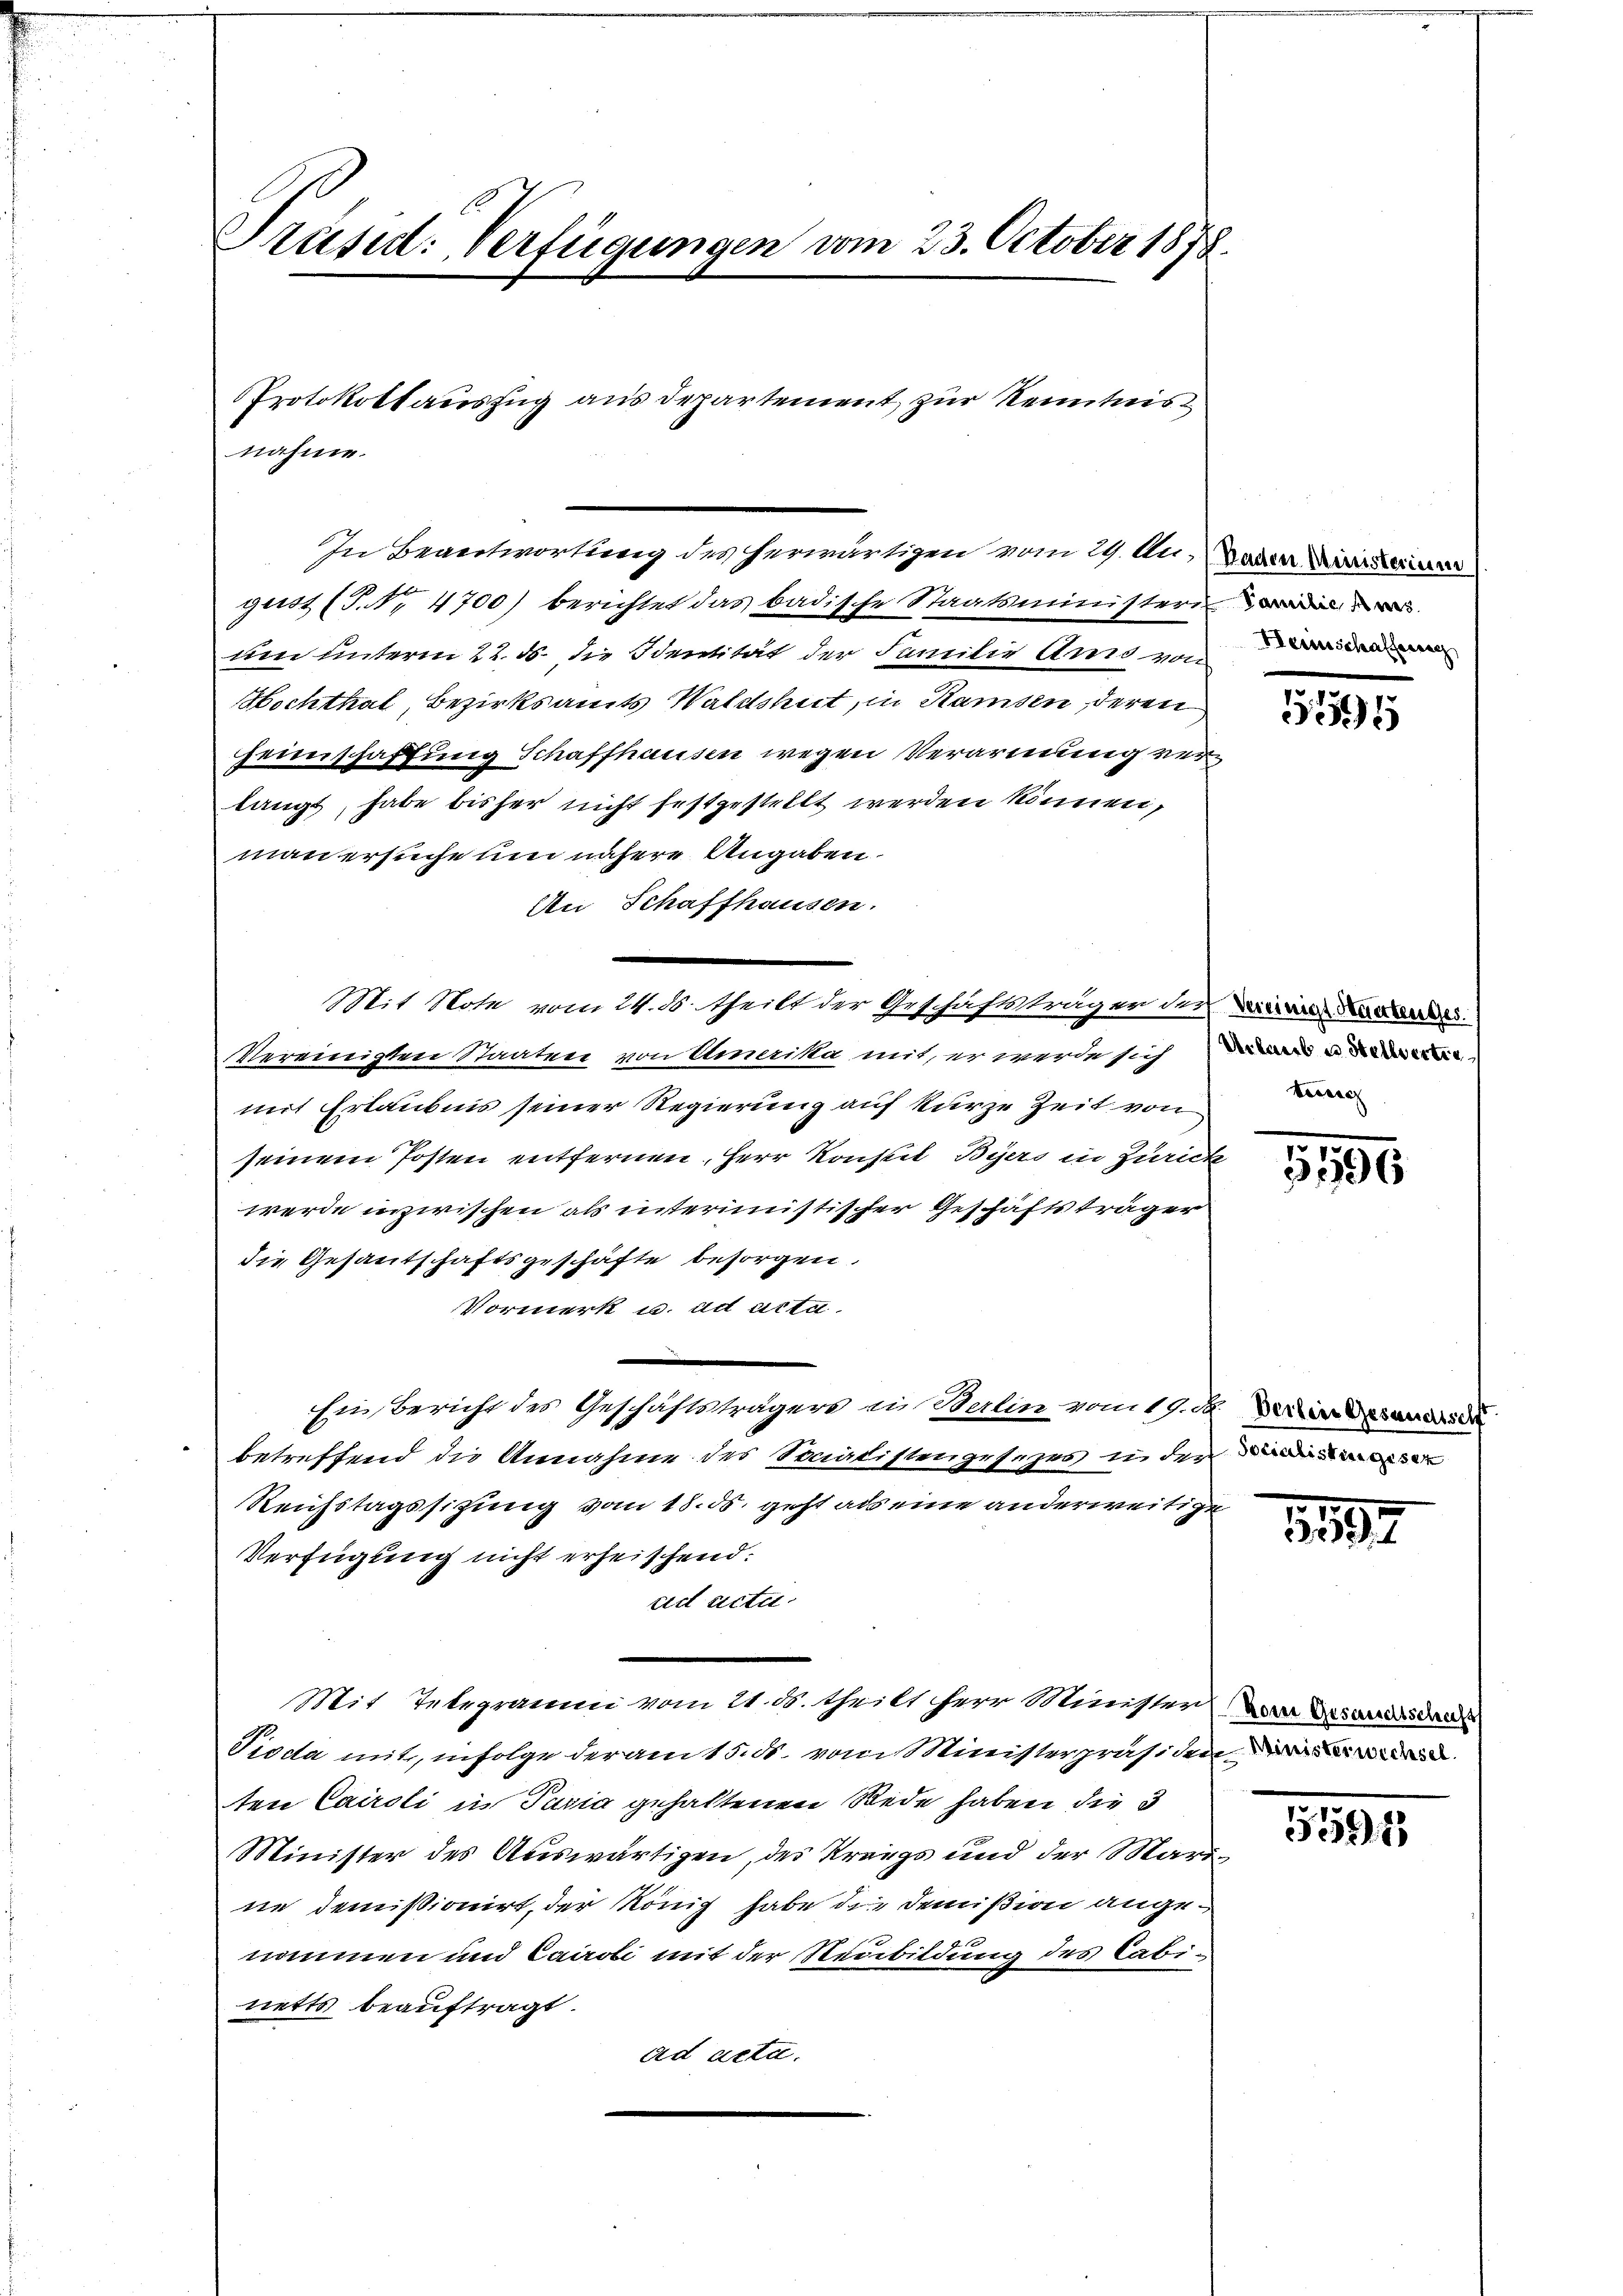
guot (T.Nr. 4700) berichtet das badische Staatsministeri
um unterm 22. ds. die Identität der Familie Ams von
ochthal Bezirksamts Waldshut, in Samsen, deren
Feinschaffung Schaffhausen wegen Verarmung vertangt, habe bisher nicht festgestellt werden können,
man ersuche um nähere Angaben.
An Schaffhausen.
Mit Note vom 24. ds. theilt der Geschäftsträger des die
Vereinigten Staaten von Amerika mit, er werde sich daran u de
mit Erlaubnis seiner Regierung auf kurze Zeit von
seinem Posten entfernen, Herr Konstel Byers in Zürick
werde inzwischen als interimistischer Geschäftsträger
die Gesandschaftsgeschäfte besorgen.
Vormerk u. ad acta.
Ein Bericht des Geschäftsträgers in Berlin vom 19. d. in and
betreffend die Annahme des Senatistengesezes in der
Reichstagssitzung vom 18. ds. geht als eine anderweitige
Verfügung nicht erheischend:
ad actu
Mit Telegramm vom 21. ds. theilt herr Minister Zur Ersausdru
Pioda mit, infolge der am 15. ds. vom Ministerpräsiden
ten Cairoli in Pavia gehaltenen Rede haben die 3
Minister des Auswärtigen, des Kriegs und der Marine demissionirt, der König habe die Demißion angenommen und Caroli mit der Neubildung des Cabinetts beauftragt.
ad acta.

Präsid: Verfügungen vom 23. October 1878.
Protokollauszug aus Departement zur Kenntnis

nahme.

In Beantwortung des herwärtigen vom 29. A. Laden

31

1196

1597

5591